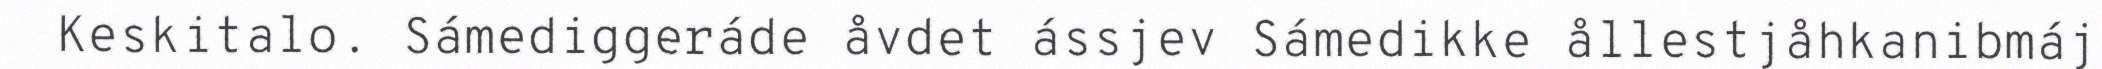
Keskitalo. Sámediggeráde åvdet ássjev Sámedikke ållestjåhkanibmáj